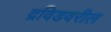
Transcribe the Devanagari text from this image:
द्रविडवरील